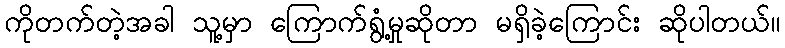
ကိုတက်တဲ့အခါ သူ့မှာ ကြောက်ရွံ့မှုဆိုတာ မရှိခဲ့ကြောင်း ဆိုပါတယ်။